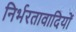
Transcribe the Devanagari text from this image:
निर्भरतावादियों